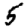
Digit: 5